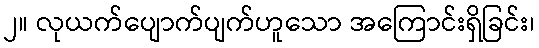
၂။ လုယက်ပျောက်ပျက်ဟူသော အကြောင်းရှိခြင်း၊